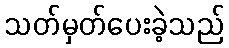
သတ်မှတ်ပေးခဲ့သည်